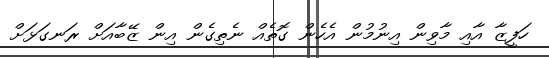
ހަފީޒާ އާއި މާވިން އިނުމުން އެހެން ގޮތެއް ނެތިގެން އިން ޒޭބާއަށް ރަނގަޅަށް